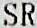
SR